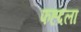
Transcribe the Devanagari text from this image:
फह्दला